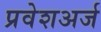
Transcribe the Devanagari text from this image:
प्रवेशअर्ज